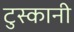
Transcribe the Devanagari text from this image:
टुस्कानी